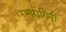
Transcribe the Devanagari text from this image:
रागरागिनी